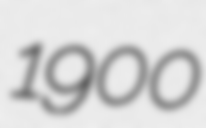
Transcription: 1900